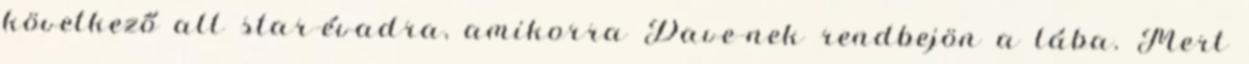
következő all star-évadra, amikorra Dave-nek rendbejön a lába. Mert